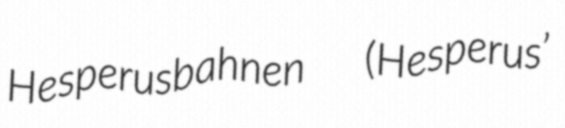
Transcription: Hesperusbahnen  (Hesperus’